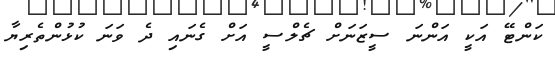
ކަންޓޭ އަކީ އަންނަ ސީޒަނަށް ޗެލްސީ އަށް ގެނައި ދެ ވަނަ ކުޅުންތެރިޔާ